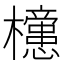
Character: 𣟻